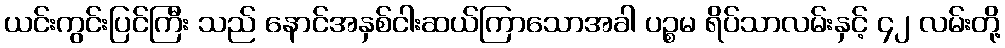
ယင်းကွင်းပြင်ကြီး သည် နောင်အနှစ်ငါးဆယ်ကြာသောအခါ ပဉ္စမ ရိပ်သာလမ်းနှင့် ၄၂ လမ်းတို့